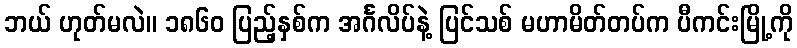
ဘယ် ဟုတ်မလဲ။ ၁၈၆၀ ပြည့်နှစ်က အင်္ဂလိပ်နဲ့ ပြင်သစ် မဟာမိတ်တပ်က ပီကင်းမြို့ကို